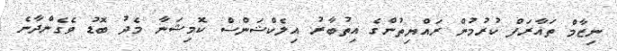
ނިޒާމް ތައާރަފް ކުރުމުން ރައްޔިތުންގެ އިތުބާރު އިލެކްޝަންސް ކޮމިޝަނާ މެދު ބޮޑު ވެގެންދާނެ